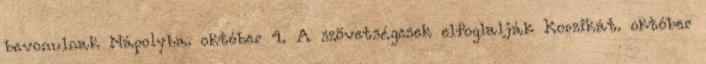
bevonulnak Nápolyba. október 4. A szövetségesek elfoglalják Korzikát. október